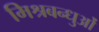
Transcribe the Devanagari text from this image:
मिश्रबन्धुओं